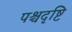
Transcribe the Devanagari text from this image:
पश्चदृष्टि